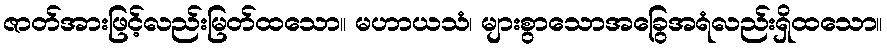
ဇာတ်အားဖြင့်လည်းမြတ်ထသော။ မဟာယသံ၊ များစွာသောအခြွေအရံလည်းရှိထသော။